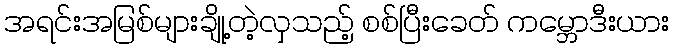
အရင်းအမြစ်များချို့တဲ့လှသည့် စစ်ပြီးခေတ် ကမ္ဘောဒီးယား